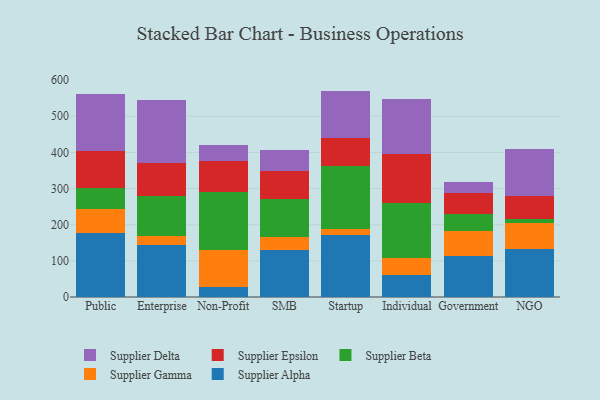
{"axis": {"x": "Segment", "y": "Website Visitors"}, "legend": ["Supplier Alpha", "Supplier Beta", "Supplier Delta", "Supplier Epsilon", "Supplier Gamma"], "data": [{"x": "Public", "y": 176.1, "type": "Supplier Alpha"}, {"x": "Public", "y": 68.6, "type": "Supplier Gamma"}, {"x": "Public", "y": 56.5, "type": "Supplier Beta"}, {"x": "Public", "y": 102.6, "type": "Supplier Epsilon"}, {"x": "Public", "y": 158.7, "type": "Supplier Delta"}, {"x": "Enterprise", "y": 143.4, "type": "Supplier Alpha"}, {"x": "Enterprise", "y": 24.6, "type": "Supplier Gamma"}, {"x": "Enterprise", "y": 110.5, "type": "Supplier Beta"}, {"x": "Enterprise", "y": 92.2, "type": "Supplier Epsilon"}, {"x": "Enterprise", "y": 174.5, "type": "Supplier Delta"}, {"x": "Non-Profit", "y": 27.8, "type": "Supplier Alpha"}, {"x": "Non-Profit", "y": 103.4, "type": "Supplier Gamma"}, {"x": "Non-Profit", "y": 158.4, "type": "Supplier Beta"}, {"x": "Non-Profit", "y": 86.4, "type": "Supplier Epsilon"}, {"x": "Non-Profit", "y": 43.3, "type": "Supplier Delta"}, {"x": "SMB", "y": 131.2, "type": "Supplier Alpha"}, {"x": "SMB", "y": 36.1, "type": "Supplier Gamma"}, {"x": "SMB", "y": 105.2, "type": "Supplier Beta"}, {"x": "SMB", "y": 75.3, "type": "Supplier Epsilon"}, {"x": "SMB", "y": 60.0, "type": "Supplier Delta"}, {"x": "Startup", "y": 172.8, "type": "Supplier Alpha"}, {"x": "Startup", "y": 14.1, "type": "Supplier Gamma"}, {"x": "Startup", "y": 174.2, "type": "Supplier Beta"}, {"x": "Startup", "y": 78.2, "type": "Supplier Epsilon"}, {"x": "Startup", "y": 131.1, "type": "Supplier Delta"}, {"x": "Individual", "y": 61.0, "type": "Supplier Alpha"}, {"x": "Individual", "y": 45.8, "type": "Supplier Gamma"}, {"x": "Individual", "y": 153.2, "type": "Supplier Beta"}, {"x": "Individual", "y": 136.5, "type": "Supplier Epsilon"}, {"x": "Individual", "y": 151.0, "type": "Supplier Delta"}, {"x": "Government", "y": 114.3, "type": "Supplier Alpha"}, {"x": "Government", "y": 67.9, "type": "Supplier Gamma"}, {"x": "Government", "y": 48.5, "type": "Supplier Beta"}, {"x": "Government", "y": 57.0, "type": "Supplier Epsilon"}, {"x": "Government", "y": 29.2, "type": "Supplier Delta"}, {"x": "NGO", "y": 134.0, "type": "Supplier Alpha"}, {"x": "NGO", "y": 70.2, "type": "Supplier Gamma"}, {"x": "NGO", "y": 13.0, "type": "Supplier Beta"}, {"x": "NGO", "y": 62.6, "type": "Supplier Epsilon"}, {"x": "NGO", "y": 130.0, "type": "Supplier Delta"}]}